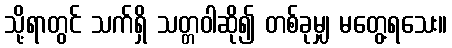
သို့ရာတွင် သက်ရှိ သတ္တဝါဆို၍ တစ်ခုမျှ မတွေ့ရသေး။